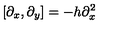
[ \partial _ { x } , \partial _ { y } ] = - h \partial _ { x } ^ { 2 }